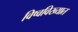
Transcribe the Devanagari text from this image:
विष्वविख्यात